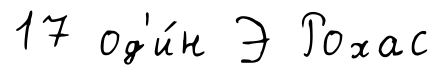
17 од'и́н Э Рохас